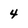
Character: 4